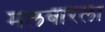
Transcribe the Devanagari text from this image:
मलबारला